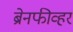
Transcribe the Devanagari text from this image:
ब्रेनफीव्हर